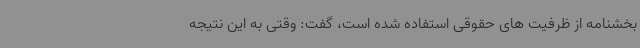
بخشنامه از ظرفیت های حقوقی استفاده شده است، گفت: وقتی به این نتیجه